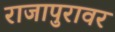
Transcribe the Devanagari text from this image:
राजापुरावर